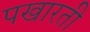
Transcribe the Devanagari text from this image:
पखारती